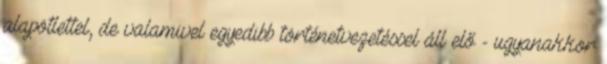
alapötlettel, de valamivel egyedibb történetvezetéssel áll elő - ugyanakkor